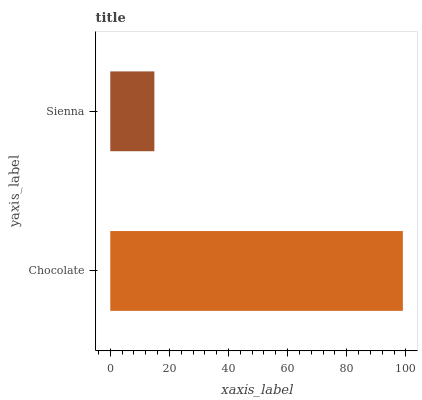
| yaxis_label | bars |
 | --- | --- |
 | Chocolate | 99 |
 | Sienna | 14.9 |